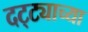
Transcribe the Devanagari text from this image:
दट्ट्याच्या